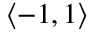
\langle - 1 , 1 \rangle